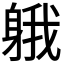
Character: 𨉐